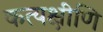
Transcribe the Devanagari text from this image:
कत्यक्षीणि